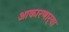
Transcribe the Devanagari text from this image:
आकारणार्‍या